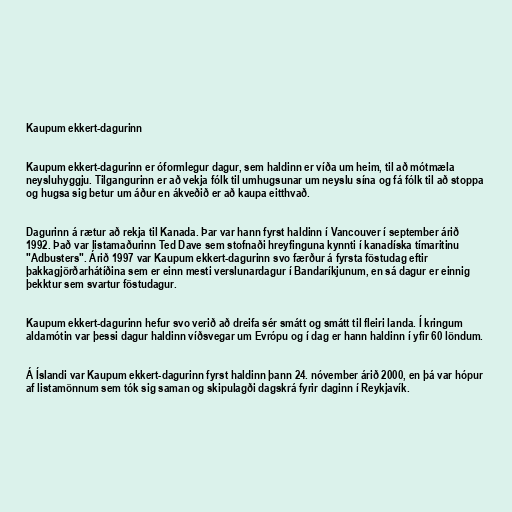
Kaupum ekkert-dagurinn

Kaupum ekkert-dagurinn er óformlegur dagur, sem haldinn er víða um heim, til að mótmæla
neysluhyggju. Tilgangurinn er að vekja fólk til umhugsunar um neyslu sína og fá fólk til að stoppa
og hugsa sig betur um áður en ákveðið er að kaupa eitthvað.

Dagurinn á rætur að rekja til Kanada. Þar var hann fyrst haldinn í Vancouver í september árið
1992. Það var listamaðurinn Ted Dave sem stofnaði hreyfinguna kynnti í kanadíska tímaritinu
"Adbusters". Árið 1997 var Kaupum ekkert-dagurinn svo færður á fyrsta föstudag eftir
þakkagjörðarhátíðina sem er einn mesti verslunardagur í Bandaríkjunum, en sá dagur er einnig
þekktur sem svartur föstudagur.

Kaupum ekkert-dagurinn hefur svo verið að dreifa sér smátt og smátt til fleiri landa. Í kringum
aldamótin var þessi dagur haldinn víðsvegar um Evrópu og í dag er hann haldinn í yfir 60 löndum.

Á Íslandi var Kaupum ekkert-dagurinn fyrst haldinn þann 24. nóvember árið 2000, en þá var hópur
af listamönnum sem tók sig saman og skipulagði dagskrá fyrir daginn í Reykjavík.